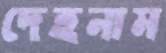
দেহনাম